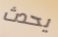
يحدث